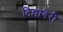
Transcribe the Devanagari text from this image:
टिल्लाबेरी